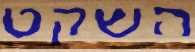
השקט